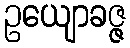
ဥယျောခဇ္ဇ